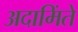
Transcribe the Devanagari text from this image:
अदामिंते